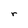
Character: r